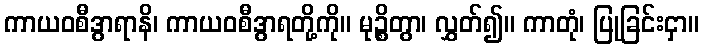
ကာယဝစီဒွာရာနိ၊ ကာယဝစီဒွာရတို့ကို။ မုဉ္စိတွာ၊ လွှတ်၍။ ကာတုံ၊ ပြုခြင်းငှာ။